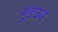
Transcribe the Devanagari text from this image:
मुङकर